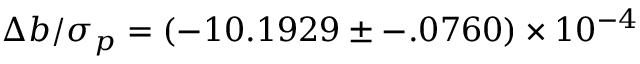
\Delta b / \sigma _ { p } = ( - 1 0 . 1 9 2 9 \pm - . 0 7 6 0 ) \times 1 0 ^ { - 4 }